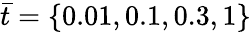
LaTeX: \bar{t}=\{ 0.01,0.1,0.3,1\}